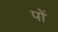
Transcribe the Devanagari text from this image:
पों